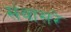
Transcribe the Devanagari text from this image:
संवासरे